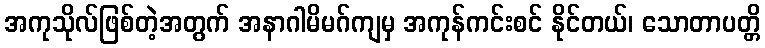
အကုသိုလ်ဖြစ်တဲ့အတွက် အနာဂါမိမဂ်ကျမှ အကုန်ကင်းစင် နိုင်တယ်၊ သောတာပတ္တိ